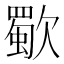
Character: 歜